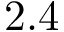
2 . 4